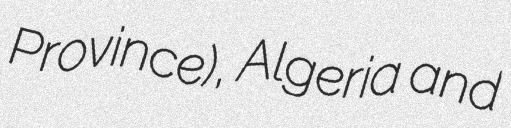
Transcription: Province), Algeria and